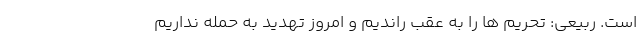
است. ربیعی: تحریم ها را به عقب راندیم و امروز تهدید به حمله نداریم